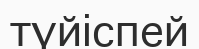
түйіспей